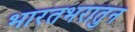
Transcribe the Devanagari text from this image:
भारतभरातुन